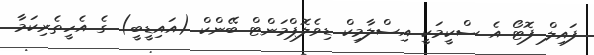
ފައިލް ފޮޓޯ އެ ސްކީމަކީ އިސްލާމިކް ޑިވެލޮޕްމަންޓް ބޭންކް (އައިޑީބީ) ގެ އެހީތެރިކަމާ